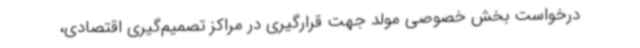
درخواست بخش خصوصی مولد جهت قرارگیری در مراکز تصمیم‌گیری اقتصادی،